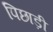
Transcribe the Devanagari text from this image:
पिछाड़ी